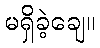
မရှိခဲ့ချေ။